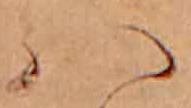
ハ